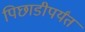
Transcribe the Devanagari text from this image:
पिछाडीपर्यंत